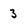
Character: 3